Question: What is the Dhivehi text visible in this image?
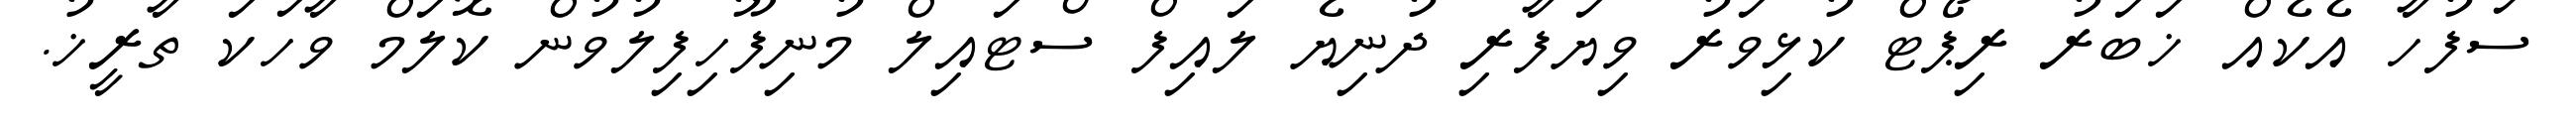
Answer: ސަފުހާ އެކެއް ޚަބަރު ރިޕޯޓް ކުޅިވަރު ވިޔަފާރި ދުނިޔެ ލައިފް ސްޓައިލް މުނިފޫހިފިލުވުން ކޮލަމް ވާހަކަ ތާރީޚު.